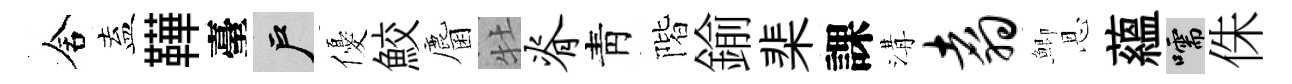
舍盍鞾臺户優鮫麕牡脊靑階鍮棐課溝翥鯽恩蘊嚅侏